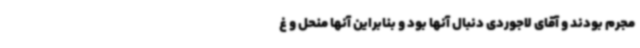
مجرم بودند و آقای لاجوردی دنبال آنها بود و بنابراین آنها منحل و غ